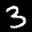
Label: 3